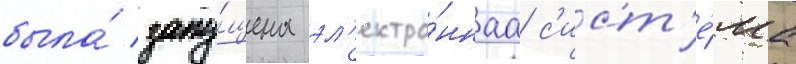
была́ запу́щена эл'ектро́ннаа с'ист'е́ма